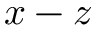
x - z